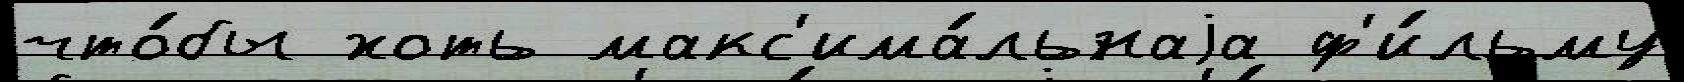
что́бы хоть макс'има́льнаjа ф'и́льму